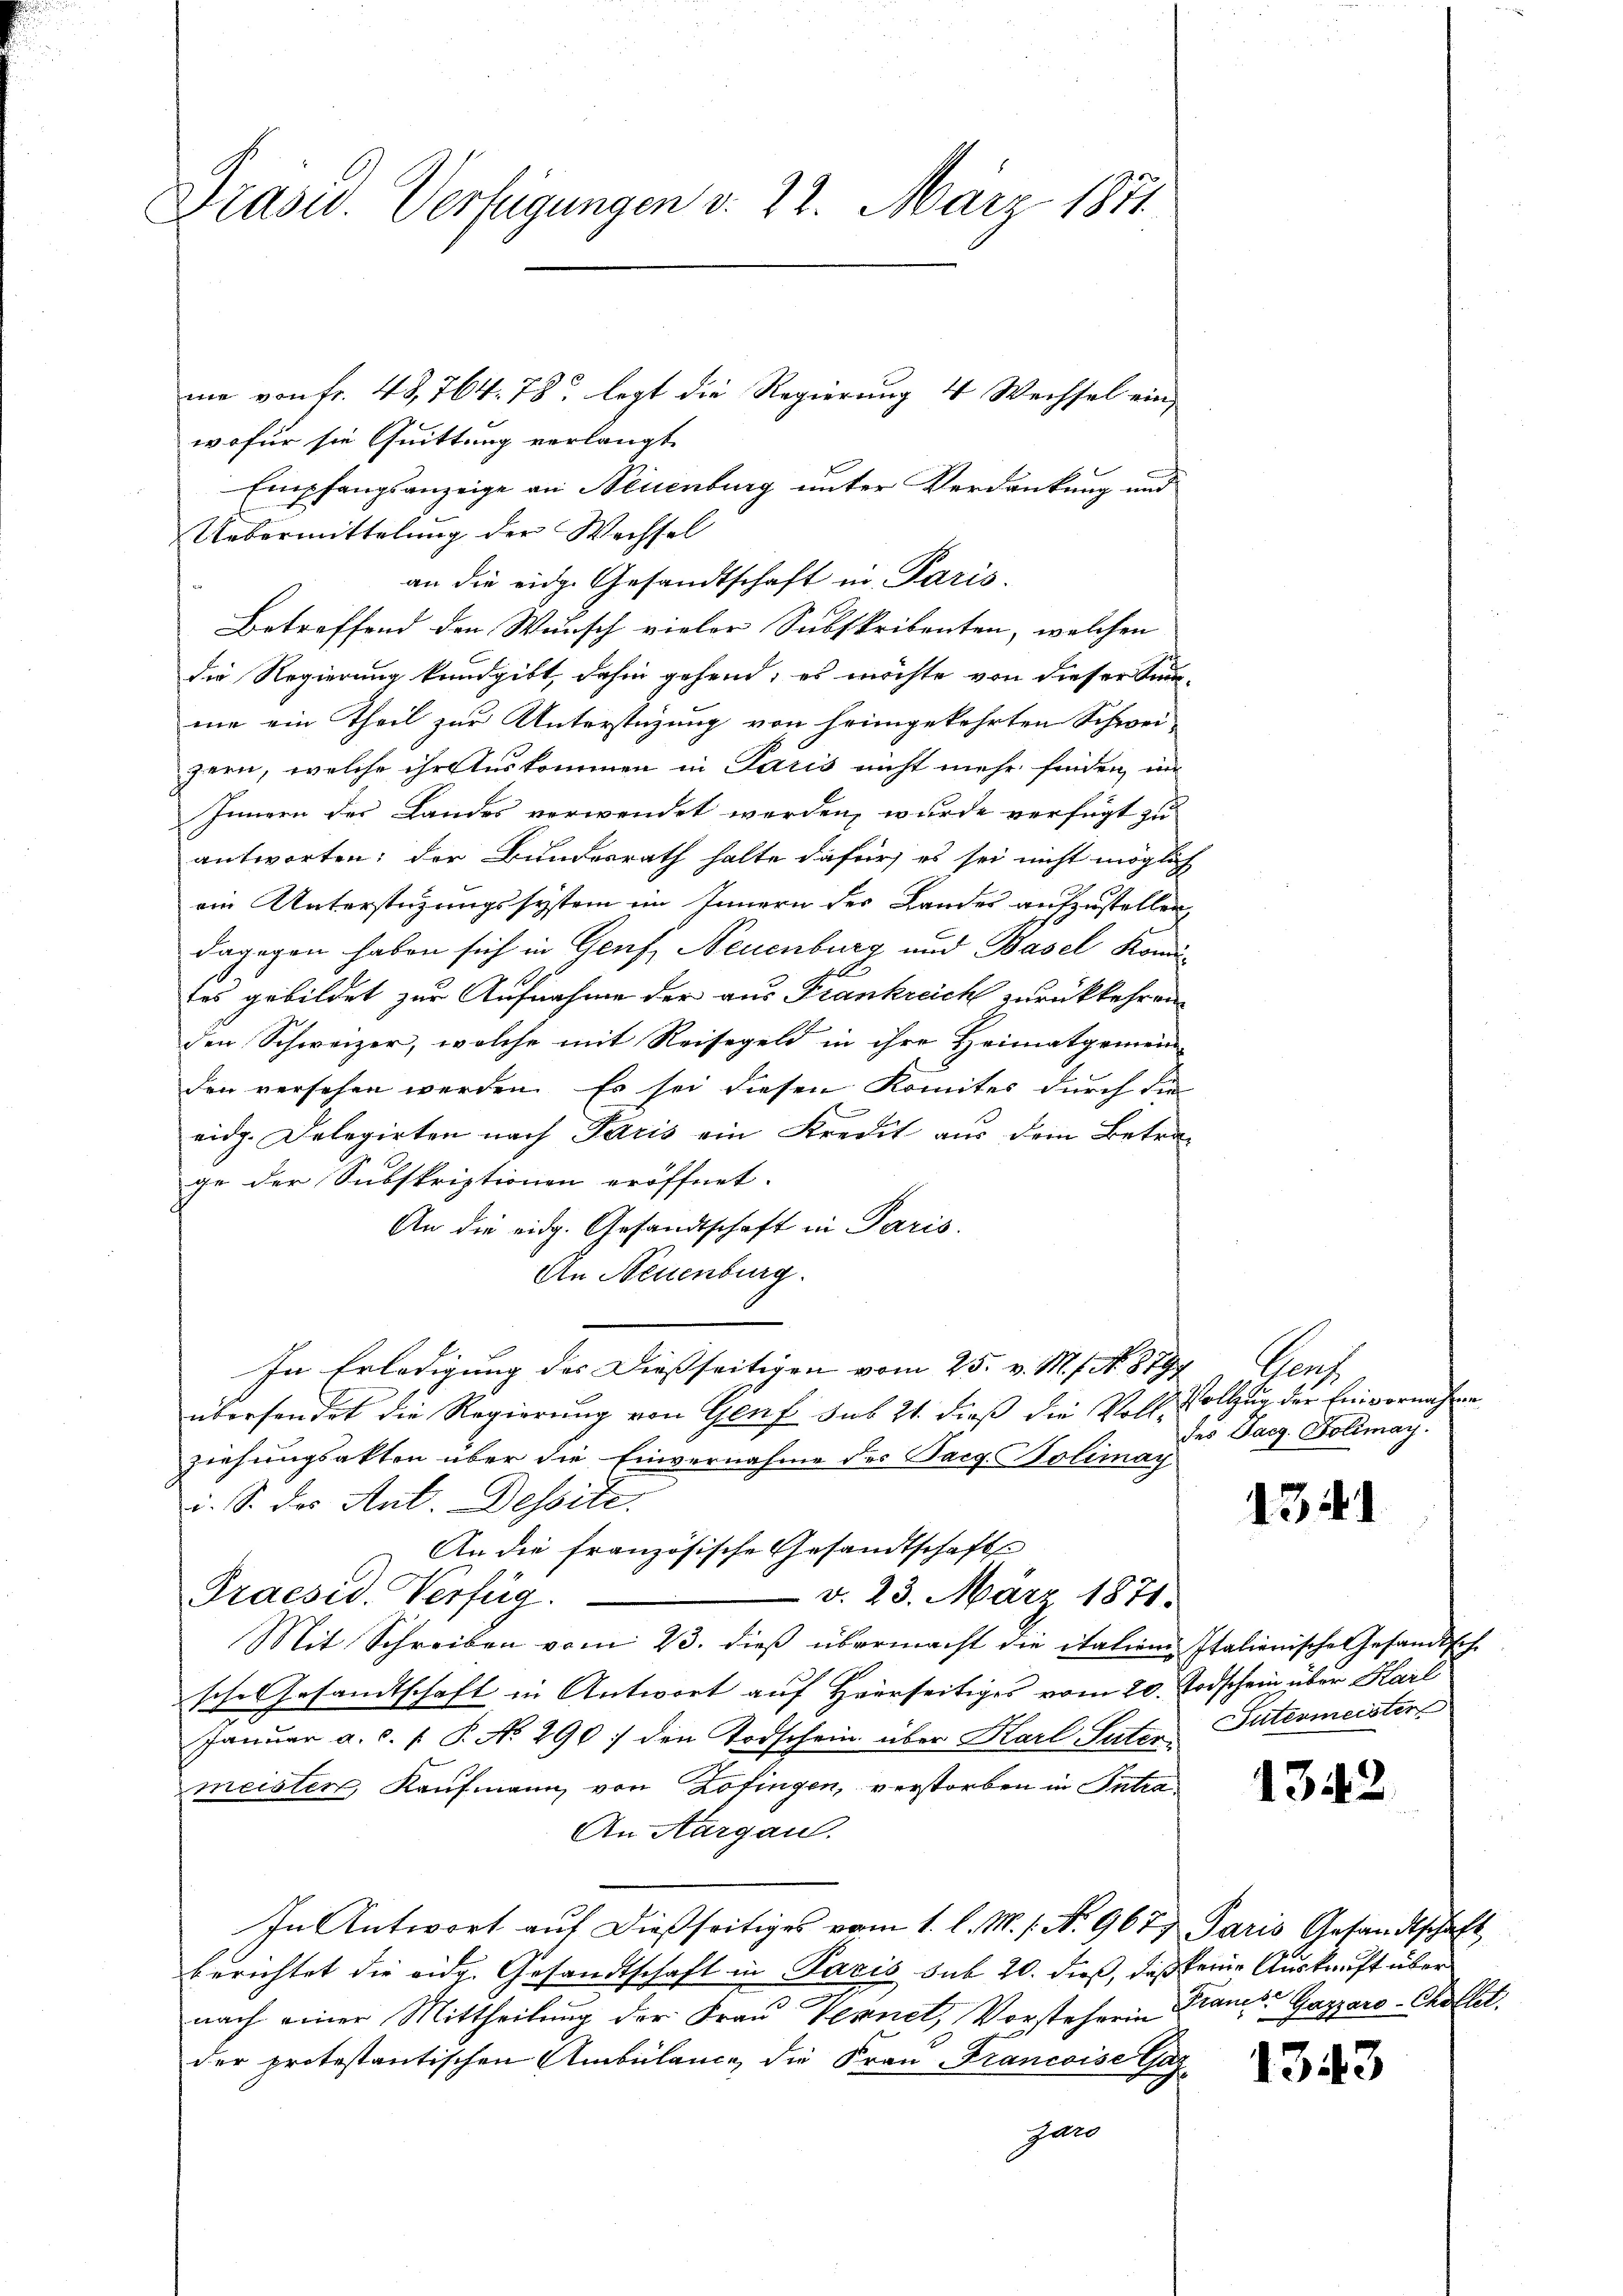
Präsid. Verfügungen v. 22. März 1871

me von fr. 48,764. 78. legt die Regierung 4 Wechsel einwofür sie Quittung verlangt.
Empfangsanzeige an Neuenburg unter Verdankung und
Uebermittelung der Wechsel
an die eidg. Gesandtschaft in Paris.
Betreffend den Wunsch vieler Subskribenten, welchen
die Regierung kundgibt, dahin gehend; es möchte von dieser Sum-
me ein Theil zur Unterstüzung von heimgekehrten Schweizern, welche ihr Auskommen in Paris nicht mehr finden, wie
Innern der Landes verwendet werden, wurde verfügt zu
antworten; der Bundesrath halte dafür, es sei nicht möglich
am Unterstüzungssystem im Innern des Landes aufzustellen,
dagegen haben sich in Genf, Neuenburg und Basel Komil
tes gebildet zur Aufnahme der aus Frankreich zurückkehren.
den Schweizer, welche mit Reisegeld in ihre Heimatgemein-
den versehen werden. Es sei diesen Komites durch die
eidg. Delegirten nach Paris ein Kredit aus dem Betra-
ge der Subskriptionen eröffnet.
An die eidg. Gesandtschaft in Paris.
An Neuenburg.
In Erledigung des Dießseitigen vom 25. v. M. f. No. 8797
übersendet die Regierung von Genf sub 21. dieß die Voll Vollzug der Einvernahme
ziehungsakten über die Einvernahme des Pacg. Polimay
i. S. des Ant. Dessite.
An die französische Gesandtschafts
Praesid. Verfüg
 d. 23. März 1871.
Mit Schreiben vom 23. dieß übermacht die italien-Italienische Gesandtsch-
g
sche Gesandtschaft in Antwort auf Heerseitiges vom 20. Todschein über Harl
Januar a. c. f. P. No 290 den Todschein über Karl Suter Intermeister
meister, Kaufmann von Zofingen, verstorben in Intra¬
An Aargau.
In Antwort auf dießseitiges vom 1. l. M. 1. No. 967 Paris Gesandtschaft
berichtet die eidg. Gesandtschaft in Pacis sub 20. dieß, daß keine Auskauft über
nach einer Mittheilung der Frau Vernel, Vorsteherin Krancs Gaszaro-Chaltet.
der protestantischen Ambülance, die Frau Francoise Gaz
gar

ach
des Facg. Polimay.

1341

1342

1343